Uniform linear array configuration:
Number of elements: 12
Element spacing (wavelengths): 0.5
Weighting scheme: hann
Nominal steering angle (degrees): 60
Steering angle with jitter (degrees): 60.98
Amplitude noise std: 0.05
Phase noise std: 0.05

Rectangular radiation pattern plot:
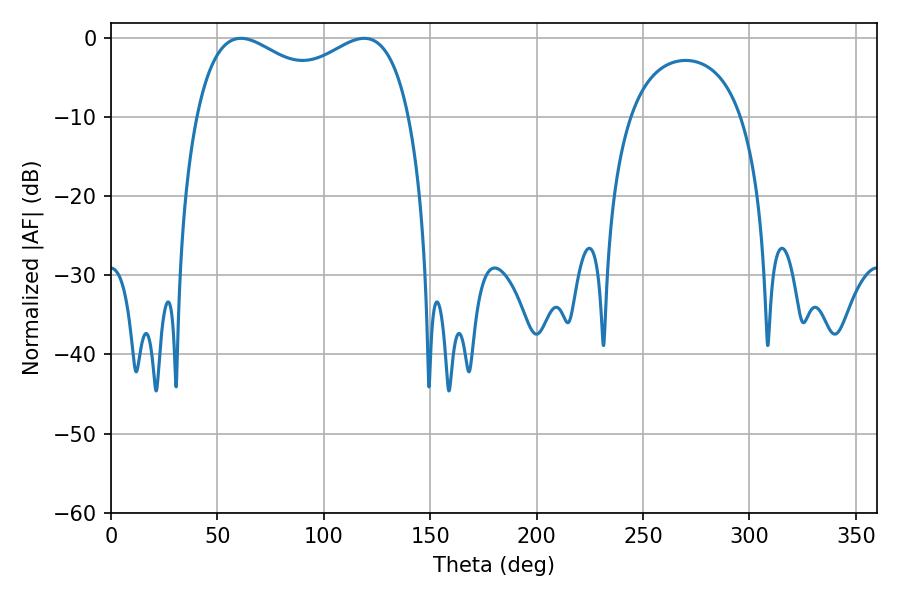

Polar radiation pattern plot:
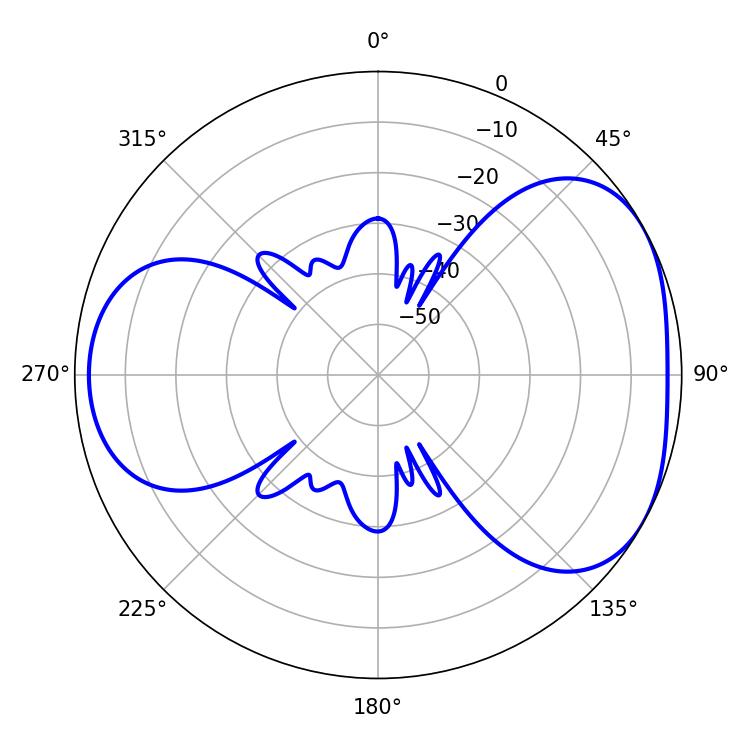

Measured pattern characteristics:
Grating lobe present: FALSE
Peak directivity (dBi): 4.332
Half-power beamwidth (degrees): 83.52
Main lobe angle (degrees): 61.02